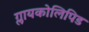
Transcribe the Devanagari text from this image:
ग्लायकोलिपिड